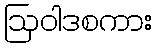
ဩဝါဒစကား